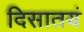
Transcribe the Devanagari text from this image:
दिसातयं